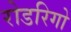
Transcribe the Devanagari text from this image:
रोडरिगो